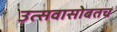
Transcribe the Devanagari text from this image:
उत्सवासोबतच